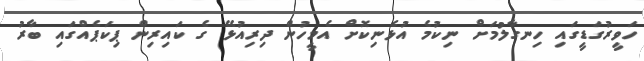
ހަވީރުގަޑީގައި ހިނގާލުމަށް ނިކުމެ އުޅެނިކޮށް އެމީހުން ދިރިއުޅޭ ގެ ކައިރިން ޕިކަޕެއްގައި ބާރު